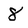
Character: 8